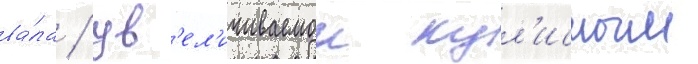
ва́ла / ув'ел'ичиваемои кул'исным